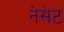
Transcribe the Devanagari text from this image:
नेसेंट